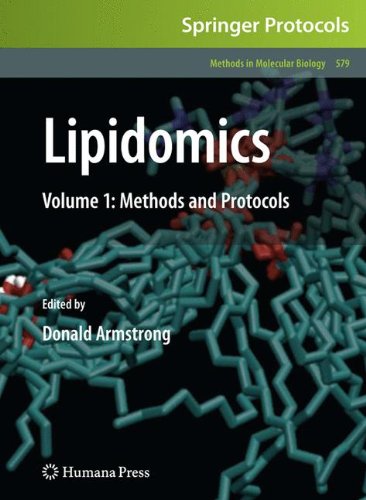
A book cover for Lipidomics: Volume 1: Methods and Protocols (Methods in Molecular Biology); Medical Books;